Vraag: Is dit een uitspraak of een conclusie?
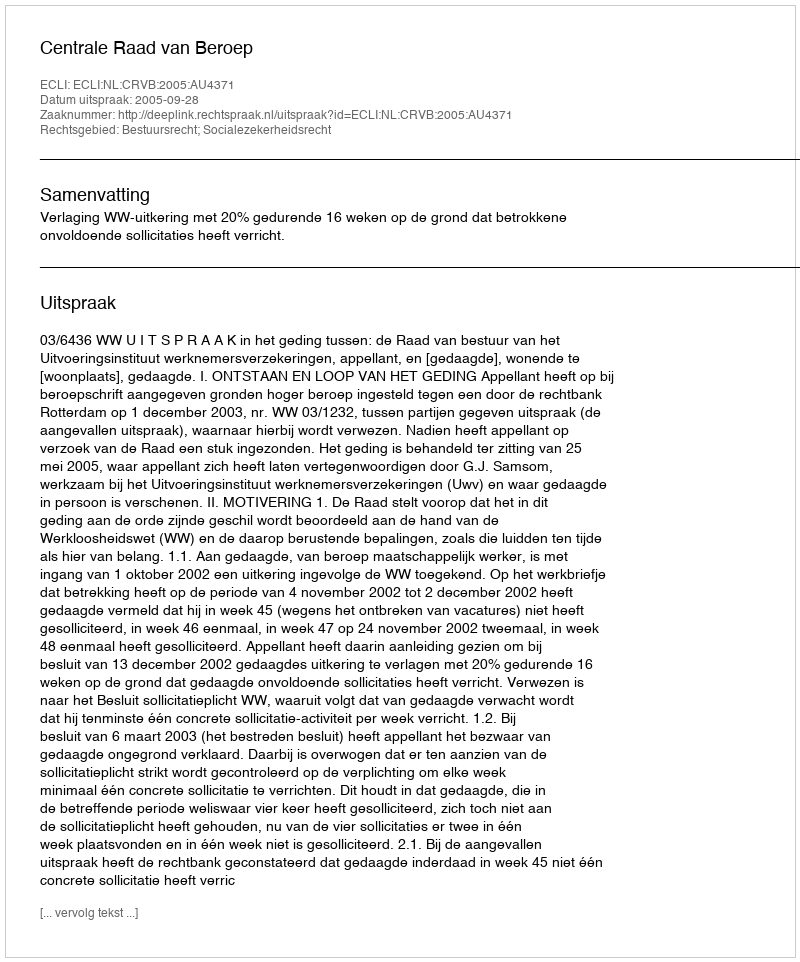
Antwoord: Uitspraak